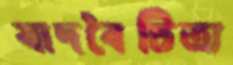
স্বাদবৈচিত্র্য